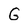
Character: G